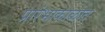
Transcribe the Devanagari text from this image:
प्रारंभाकाळात